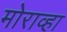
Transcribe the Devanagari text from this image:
मोराव्हा